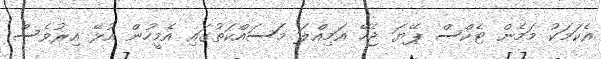
އެކަމަކު މަމެން ޓެކްސް ޕޭޔަ ޖެހޭ އަމިއްލަ މަސައްކަތުގައި އެމީހުން އުޅޭ އިރުވެސް